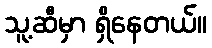
သူ့ဆီမှာ ရှိနေတယ်။